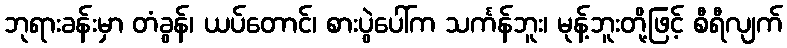
ဘုရားခန်းမှာ တံခွန်၊ ယပ်တောင်၊ စားပွဲပေါ်က သင်္ကန်ဘူး၊ မုန့်ဘူးတို့ဖြင့် စီရီလျက်